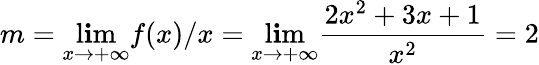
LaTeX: m=\operatorname*{l\mathbf{i}m}_{x\rightarrow+\infty}f(x)/x=\operatorname*{l\mathbf{i}m}_{x\rightarrow+\infty}{\frac{{2x^{2}+3x+1}}{{x^{2}}}}=2